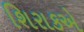
શિરાકએ